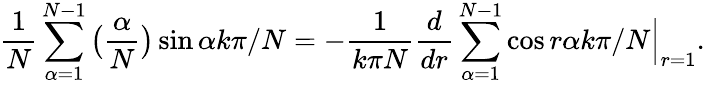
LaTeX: \frac{1}{N}\sum_{\alpha=1}^{N-1}\big(\frac{\alpha}{N}\big)\sin\alpha k\pi/N=-\frac{1}{k\pi N}\frac{d}{dr}\sum_{\alpha=1}^{N-1}\cos r\alpha k\pi/N\Big|_{r=1}.